Report on plague in the Punjab from October 1st ... to September 30th ..., being the ... season of plague in the province
Disease focus: Plague
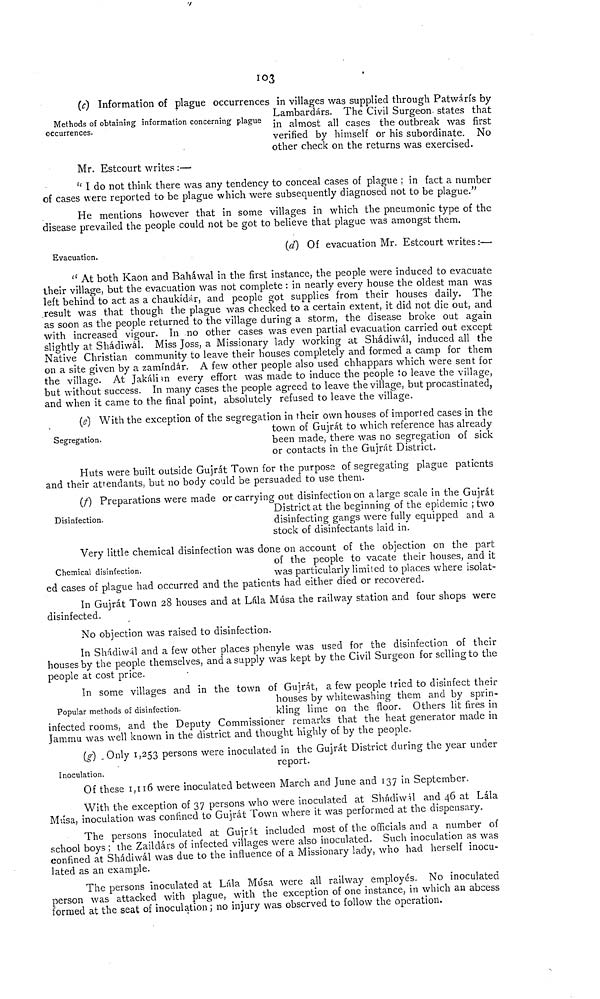
103
Methods of obtaining information concerning plague
occurrences.
(c) Information of plague occurrences in villages was supplied through Patwárís by
Lambardárs. The Civil Surgeon, states that
in almost all cases the outbreak was first
verified by himself or his subordinate. No
other check on the returns was exercised.
Mr. Estcourt writes :—
" I do not think there was any tendency to conceal cases of plague ; in fact a number
of cases were reported to be plague which were subsequently diagnosed not to be plague."
He mentions however that in some villages in which the pneumonic type of the
disease prevailed the people could not be got to believe that plague was amongst them.
Evacuation.
(d) Of evacuation Mr. Estcourt writes :—
" At both Kaon and Baháwal in the first instance, the people were induced to evacuate
their village, but the evacuation was not complete : in nearly every house the oldest man was
left behind to act as a chaukídár, and people got supplies from their houses daily. The
result was that though the plague was checked to a certain extent, it did not die out, and
as soon as the people returned to the village during a storm, the disease broke out again
with increased vigour. In -no other cases was even partial evacuation carried out except
slightly at Shádiwál. Miss Joss, a Missionary lady working at Shádiwál, induced all the
Native Christian community to leave their houses completely and formed a camp for them
on a site given by a zamíndár. A few other people also used chhappars which were sent for
the village. At Jakalian every effort was made to induce the people to leave the village,
but without success. In many cases the people agreed to leave the village, but procastinated,
and when it came to the final point, absolutely refused to leave the village.
Segregation.
(e) With the exception of the segregation in their own houses of imported cases in the
town of Gujrát to which reference has already
been made, there was no segregation of sick
or contacts in the Gujrát District.
Huts were built outside Gujrát Town for the purpose of segregating plague patients
and their attendants, but no body could be persuaded to use them.
Disinfection
(f) Preparations were made or carrying out disinfection on a large scale in the Gujrát
District at the beginning of the epidemic ; two
disinfecting gangs were fully equipped and a
stock of disinfectants laid in.
Chemical disinfection.
Very little chemical disinfection was done on account of the objection on the part
of the people to vacate their houses, and it
was particularly limited to places where isolat-
ed cases of plague had occurred and the patients had either died or recovered.
In Gujrát Town 28 houses and at Lilla Musa the railway station and four shops were
disinfected.
No objection was raised to disinfection.
In Shádiwál and a few other places phenyle was used for the disinfection of their
houses by the people themselves, and a supply was kept by the Civil Surgeon for selling to the
people at cost price.
Popular methods of disinfection.
In some villages and in the town of Gujrát, a few people tried to disinfect their
houses by whitewashing them and by sprin-
kling lime on the floor. Others lit fires in
infected rooms, and the Deputy Commissioner remarks that the heat generator made in
Jammu was well known in the district and thought highly of by the people.
Inoculation.
(g) Only 1,253 persons were inoculated in the Gujrát District during the year under
report.
Of these 1,116 were inoculated between March and June and 137 in September.
With the exception of 37 persons who were inoculated at Shadiwal and 46 at Lála
Masa, inoculation was confined to Gujrát Town where it was performed at the dispensary.
The persons inoculated at GujrH included most of the officials and a number of
school boys ; the Zaildárs of infected villages were also inoculated. Such inoculation as was
confined at Shádiwál was due to the influence of a Missionary lady, who had herself inocu-
lated as an example.
The persons inoculated at Lála Musa were all railway employés. No inoculated
person was attacked with plague, with the exception of one instance, in which an abcess
formed at the seat of inoculation; no injury was observed to follow the operation.